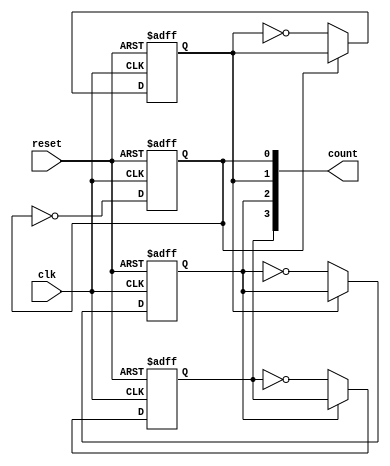
module async_ripple_counter (
    input wire clk,          // Clock input
    input wire reset,        // Asynchronous reset input
    output reg [3:0] count   // 4-bit output for count (can be adjusted)
);

    // Internal T flip-flop outputs
    reg tff0, tff1, tff2, tff3;

    // Asynchronous reset logic
    always @(posedge clk or posedge reset) begin
        if (reset) begin
            // Reset all flip-flops to 0
            tff0 <= 0;
            tff1 <= 0;
            tff2 <= 0;
            tff3 <= 0;
        end else begin
            // Toggle the first flip-flop on the clock edge
            tff0 <= ~tff0; // Toggle on every clock pulse

            // Toggle the second flip-flop on the falling edge of the first flip-flop
            if (tff0 == 1'b0) begin
                tff1 <= ~tff1;
            end

            // Toggle the third flip-flop on the falling edge of the second flip-flop
            if (tff1 == 1'b0) begin
                tff2 <= ~tff2;
            end

            // Toggle the fourth flip-flop on the falling edge of the third flip-flop
            if (tff2 == 1'b0) begin
                tff3 <= ~tff3;
            end
        end
    end

    // Assign the outputs to the count
    always @(*) begin
        count = {tff3, tff2, tff1, tff0}; // Concatenate flip-flop outputs to form the count
    end

endmodule